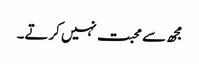
مجھ سے محبت نہیں کرتے۔